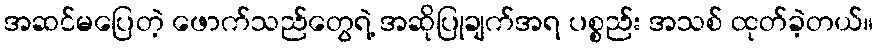
အဆင်မပြေတဲ့ ဖောက်သည်တွေရဲ့ အဆိုပြုချက်အရ ပစ္စည်း အသစ် ထုတ်ခဲ့တယ်။